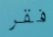
فقر